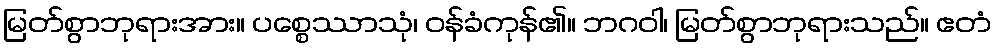
မြတ်စွာဘုရားအား။ ပစ္စေဿာသုံ၊ ဝန်ခံကုန်၏။ ဘဂဝါ၊ မြတ်စွာဘုရားသည်။ ဧတံ